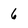
Character: 6